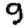
Digit: 9